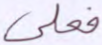
فعلى